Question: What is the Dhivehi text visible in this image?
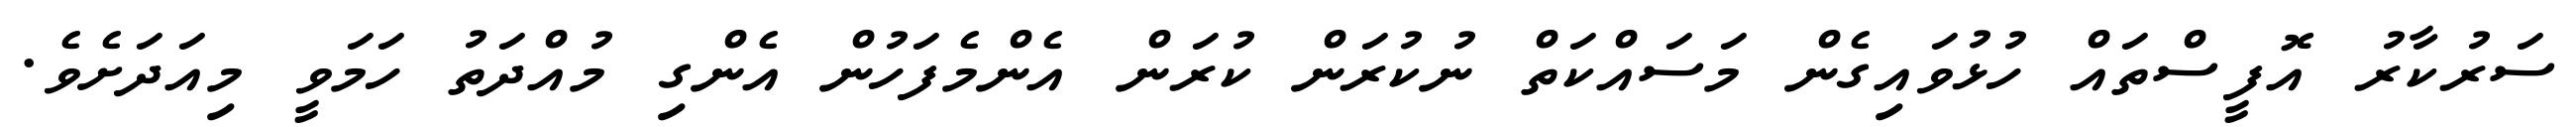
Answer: ސަރުކާރު އޮފީސްތައް ހުޅުވައިގެން މަސައްކަތް ނުކުރަން ކުރަން އެންމެފަހުން އެންގި މުއްދަތު ހަމަވީ މިއަދަށެވެ.